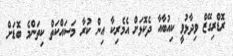
ރޮޑްރިގޭޒް ވިދާޅުވީ ކިއުބާއާ ދެކޮޅަށް އެމެރިކާ އިން ކުރާ މަސައްކަތް ކިތަންމެ ބޮޑަށް